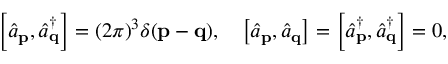
\left[ { \hat { a } } _ { \mathbf { p } } , { \hat { a } } _ { \mathbf { q } } ^ { \dagger } \right] = ( 2 \pi ) ^ { 3 } \delta ( \mathbf { p } - \mathbf { q } ) , \quad \left[ { \hat { a } } _ { \mathbf { p } } , { \hat { a } } _ { \mathbf { q } } \right] = \left[ { \hat { a } } _ { \mathbf { p } } ^ { \dagger } , { \hat { a } } _ { \mathbf { q } } ^ { \dagger } \right] = 0 ,